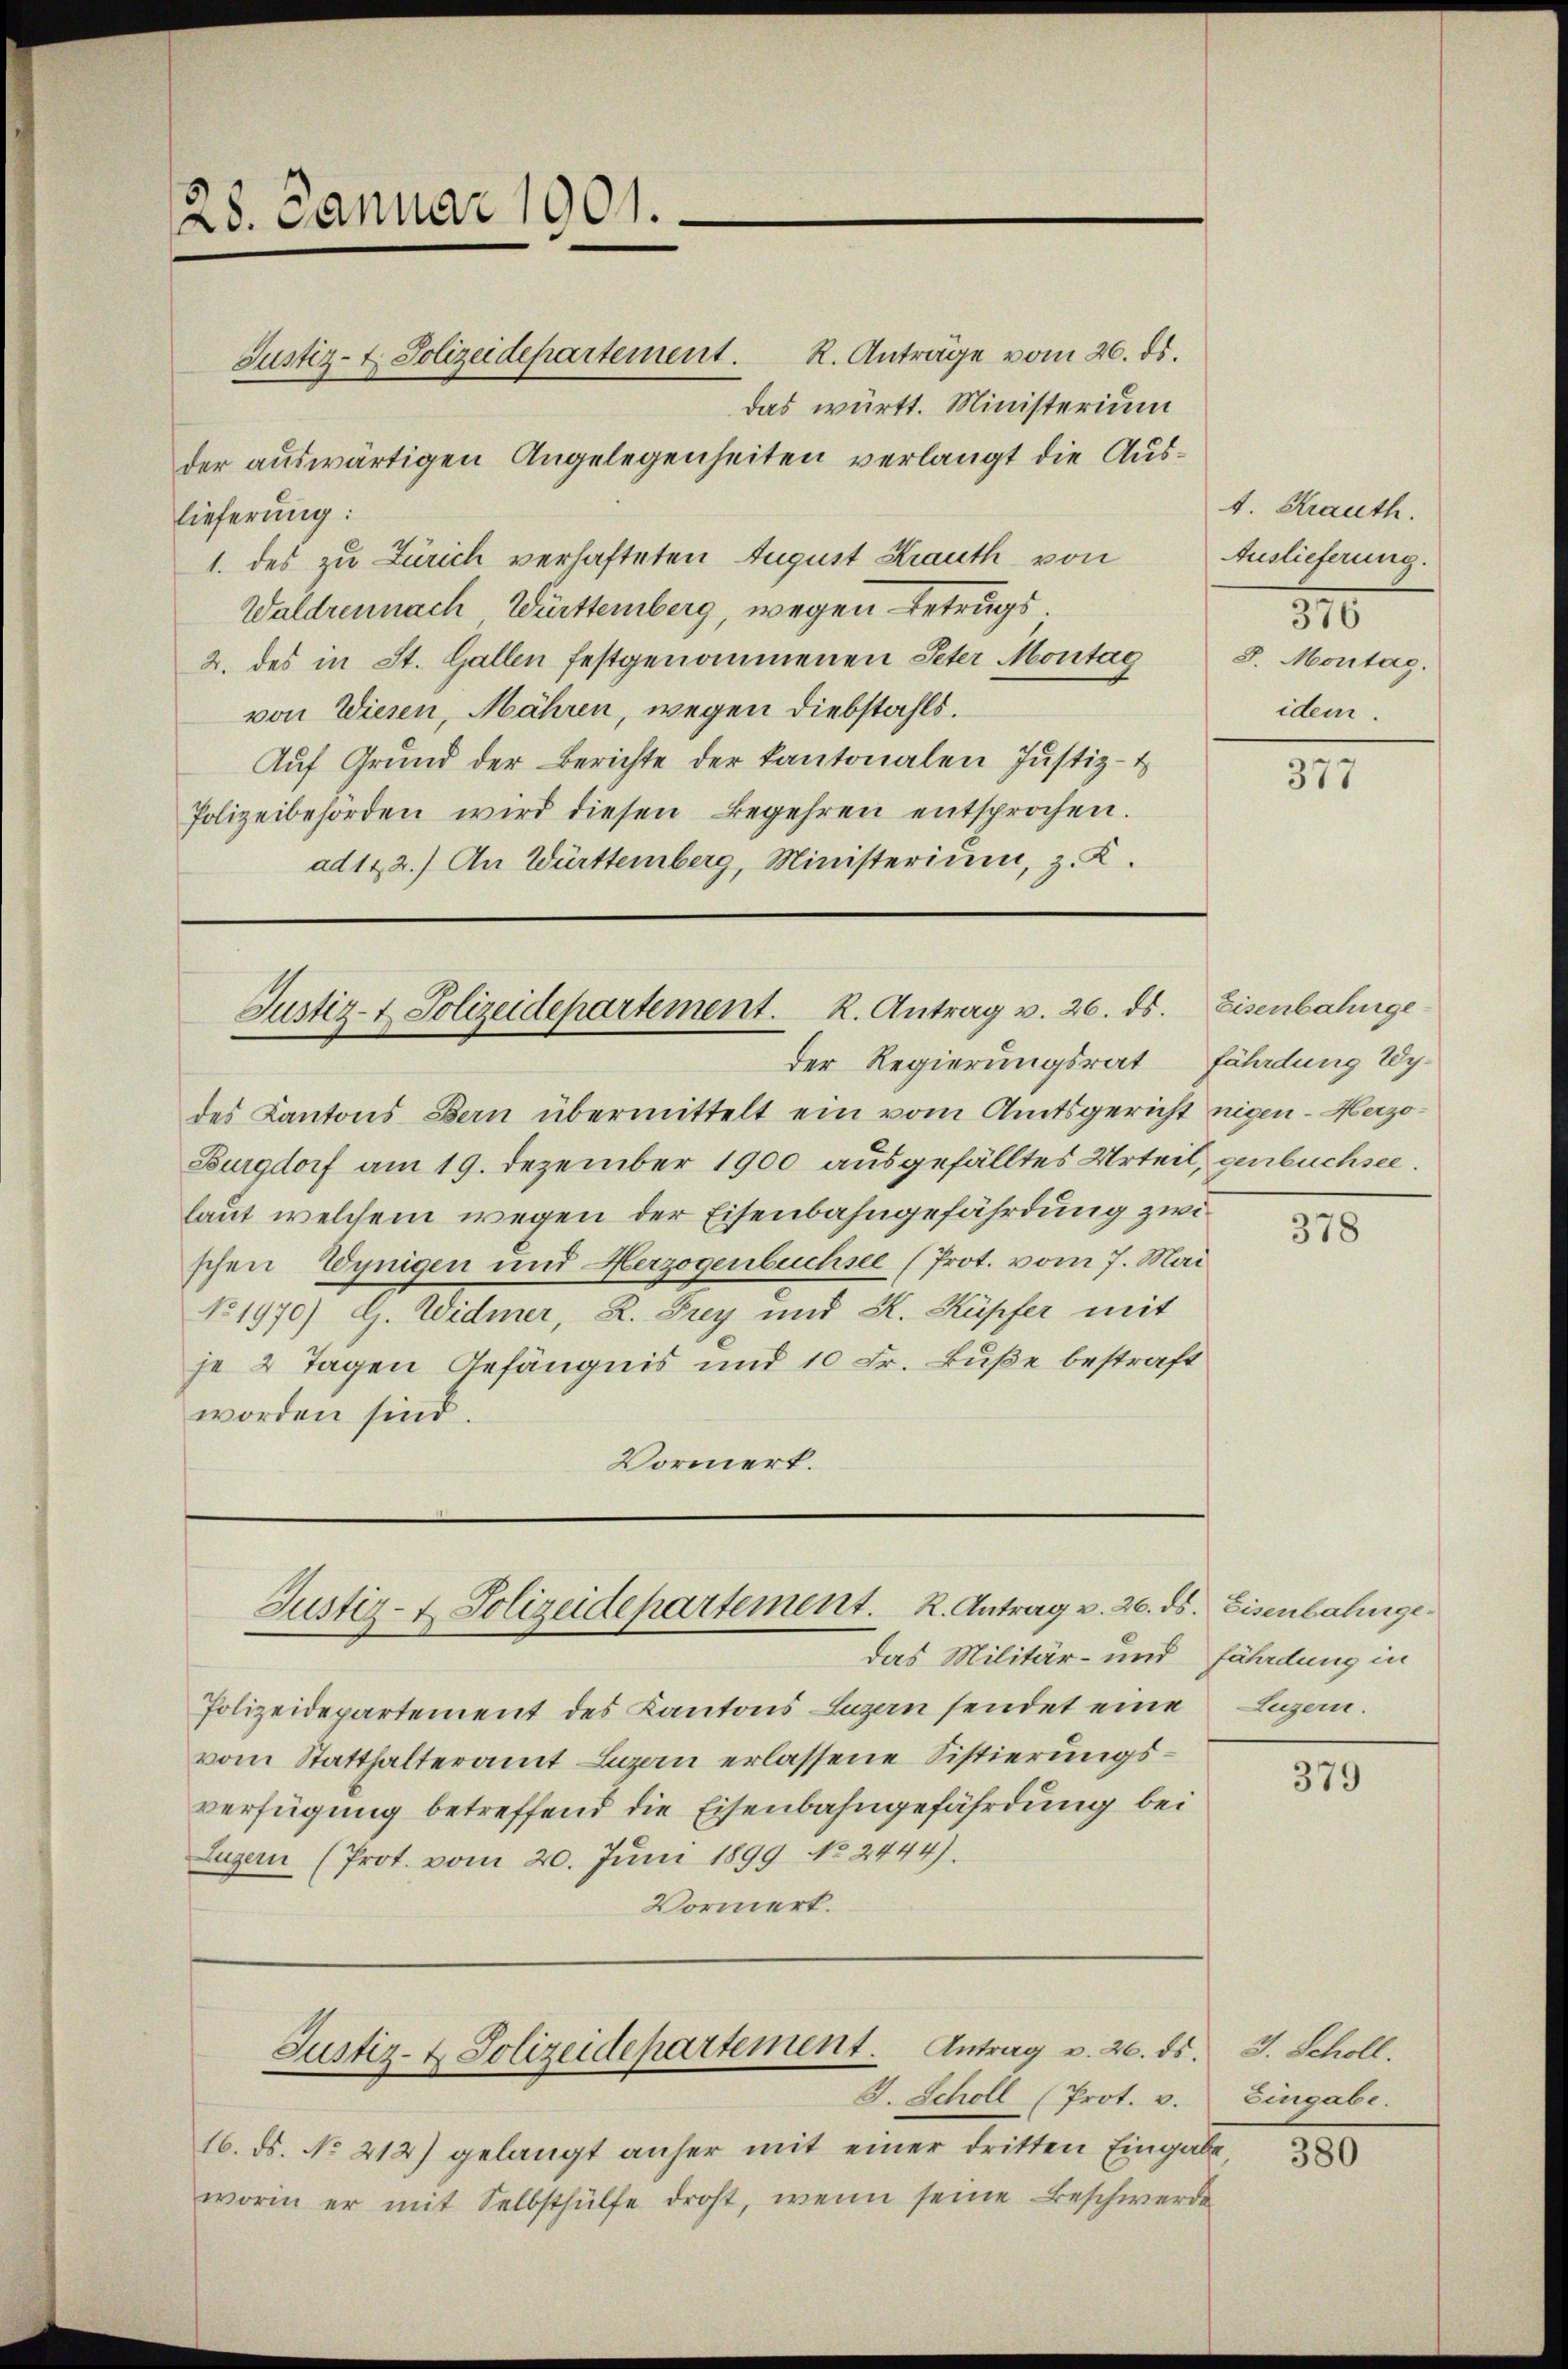
28. Januar 1901.

der auswärtigen Angelegenheiten verlangt die Aus¬

Justiz- & Polizeidepartement. R. Anträge vom 26. ds.
das württ. Ministerium
lieferung:
1. des zu Zürich verhafteten August Krauth von
Waldrennach Württemberg, wegen Betrugs.
2. des in St. Gallen festgenommenen Peter Montag 8. Montag.
von Wiesen, Mähren, wegen Diebstahls.
Auf Grund der Berichte der Kantonalen Justiz-
Polizeibehörden wird diesen Begehren entsprochen.
ad 122.) An Württemberg, Ministerium, z. K.

Justiz- & Polizeidepartement. R. Antrag v. 26. ds. Eisenbahnge
der Regierungsrat fährdung Wy¬

Justiz- & Polizeidepartement. R. Antrag v. 26. ds. Eisenbahnge¬

Justiz- & Polizeidepartement. Antrag v. 20. ds.

des Kantons Bern übermittelt ein vom Amtsgericht nigen-Herzo¬
Burgdorf am 19. Dezember 1900 ausgefälltes Urteil, genbuchsee.
laut welchem wegen der Eisenbahngefährdung zwischen Wenigen und Herzogenbuchsee (Prot. vom 7. Mai
No. 1970) G. Widmer, R. Drey und K. Kupfer mit
je 2 Tagen Gefängnis und 10 Fr. Buße bestraft
worden sind.
Vormerk.

das Militär- und
Polizeidepartement des Kantons Luzern sendet eine Lagern.
vom Statthalteramt Bozen erlassene Sistierungsverfügung betreffend die Eisenbahngefährdung bei
Luzern (Prot. vom 20. Juni 1899 No 2444).
Vormerk.

J. Scholl (Prot. v.
16. ds. No 212) gelangt anher mit einer dritten Eingabe
worin er mit Selbsthülfe droht, wenn seine Beschwerde

t. Krauth.
Auslieferung.
510
iden.

377

378

fährdung in

379

J. Scholl.
Eingabe.

380